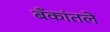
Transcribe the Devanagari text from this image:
बँकांतले